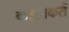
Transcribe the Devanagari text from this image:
काश्तकरों